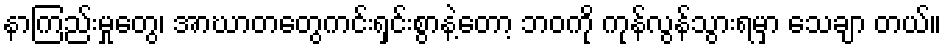
နာကြည်းမှုတွေ၊ အာဃာတတွေကင်းရှင်းစွာနဲ့တော့ ဘဝကို ကုန်လွန်သွားရမှာ သေချာ တယ်။